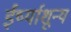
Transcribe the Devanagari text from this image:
ईर्ष्याशून्य